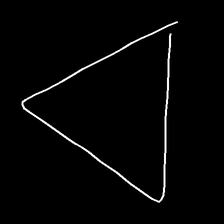
Glyph: convergence